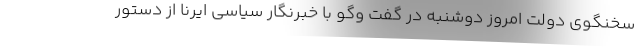
سخنگوی دولت امروز دوشنبه در گفت وگو با خبرنگار سیاسی ایرنا از دستور